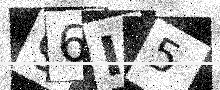
Text: 96I5